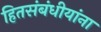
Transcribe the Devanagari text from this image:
हितसंबंधीयांना